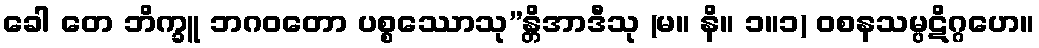
ခေါ တေ ဘိက္ခူ ဘဂဝတော ပစ္စဿောသု”န္တိအာဒီသု (မ။ နိ။ ၁။၁) ဝစနသမ္ပဋိဂ္ဂဟေ။